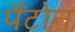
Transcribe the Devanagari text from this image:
पैंटोन